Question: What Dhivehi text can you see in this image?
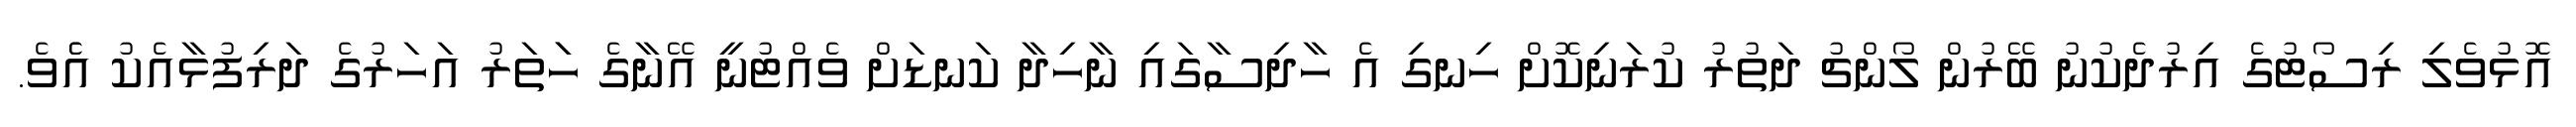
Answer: އޮޅުވެލި ރިސޯޓުގެ އިރުދެކުނު ބޭރުން ލޯންޗު ދަތުރު ކުރަނިކޮށް ހިނގި އެ ހާދިސާގައި ނާހިދާ ކަނޑަށް ވެއްޓުނީ އޭނާގެ ހަަތަރު އަހަރުގެ ދަރިފުޅާއެކު އެެވެ.